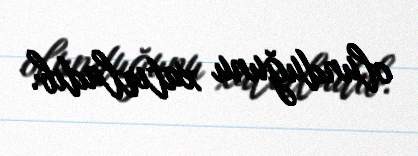
olunduğunu xatırladıb.